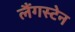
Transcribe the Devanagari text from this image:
लैंगस्टेन